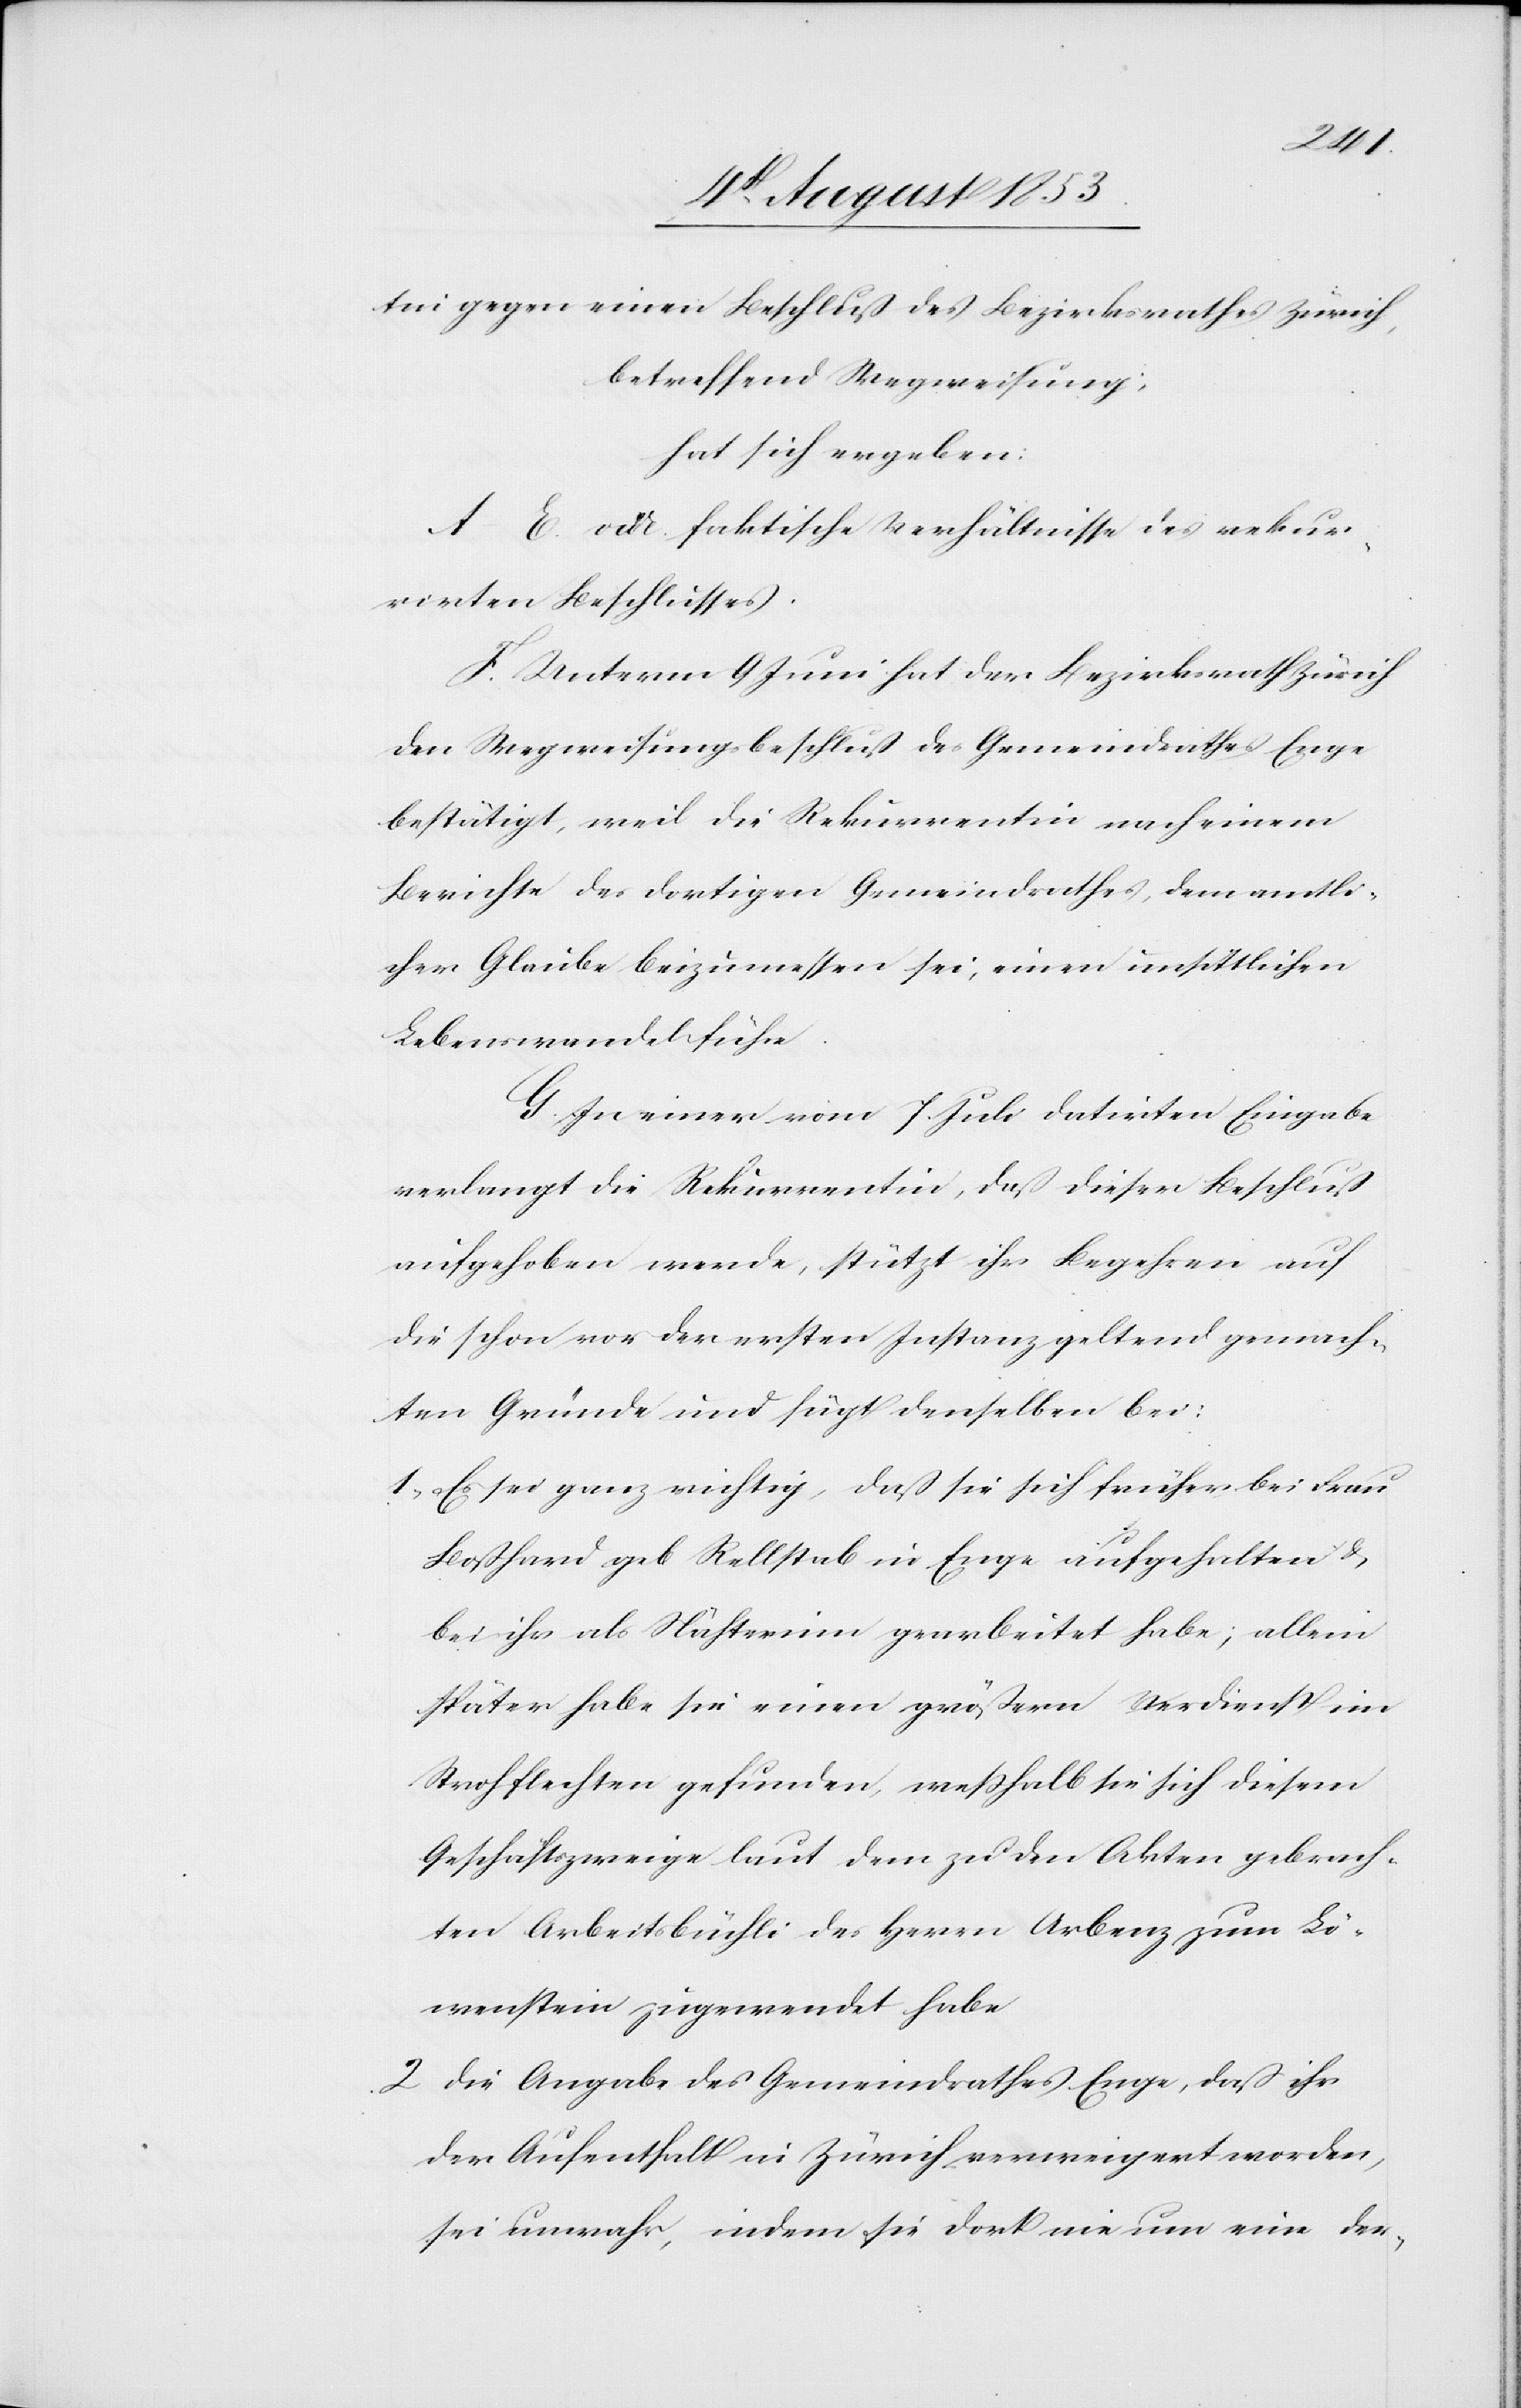
tin gegen einen Beschluß des Bezirksrathes Zürich,
betreffend Wegweisung:
hat sich ergeben:
A.–E. vide faktische Verhältnisse des rekur¬
rirten Beschlusses.
F. Unterm 9 Juni hat der Bezirksrath Zürich
den Wegweisungsbeschluß des Gemeindrathes Enge
bestätigt, weil die Rekurrentin nach einem
Berichte des dortigen Gemeindrathes, dem amtli¬
chen Glaube beizumessen sei, einen unsittlichen
Lebenswandel führe.
G. In einer vom 1 Juli datirten Eingabe
verlangt die Rekurrentin, daß dieser Beschluß
aufgegeben werde, stützt ihr Begehren auf
die schon vor der ersten Instanz geltend gemach¬
ten Gründe und fügt denselben bei:
1, Es sei ganz richtig, daß sie sich früher bei Frau
Boßhard geb. Rellstab in Enge aufgehalten u.
bei ihr als Nähterin gearbeitet habe; allein
später habe sie einen größern Verdienst im
Strohflechten gefunden, weßhalb sie sich diesem
Geschäftszweige laut dem zu den Akten gebrach¬
ten Arbeitsbüchli des Herrn Arbenz zum Lö¬
wenstein zugewendet habe.
2, Die Angabe des Gemeindrathes Enge, daß ihr
der Aufenthalt in Zürich verweigert worden,
sei unwahr, indem sie dort nie um eine der-